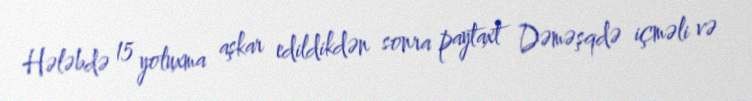
Hələbdə 15 yoluxma aşkar edildikdən sonra paytaxt Dəməşqdə içməli və